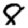
Digit: 8